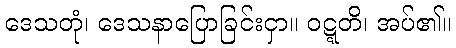
ဒေသတုံ၊ ဒေသနာပြောခြင်းငှာ။ ဝဋ္ဋတိ၊ အပ်၏။